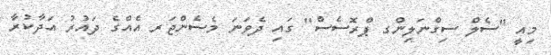
މިއީ "ސެލް ސިގްނަލިންގ ޕްރޮސެސް" ގައި ދެވަނަ މެސެންޖަރ އެއްގެ ދައުރު އަދާކުރާ